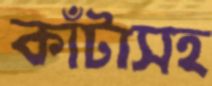
কাঁটাসহ